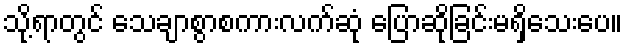
သို့ရာတွင် သေချာစွာစကားလက်ဆုံ ပြောဆိုခြင်းမရှိသေးပေ။